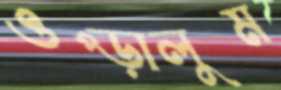
ওপ্‌ড়ালুম